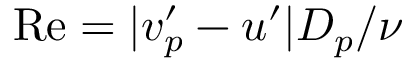
\mathrm { R e } = | v _ { p } ^ { \prime } - u ^ { \prime } | D _ { p } / \nu